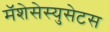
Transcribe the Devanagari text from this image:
मॅशेसेस्युसेटस